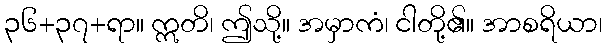
၃၆+၃၇+ရာ။ ဣတိ၊ ဤသို့။ အမှာကံ၊ ငါတို့၏။ အာစရိယာ၊